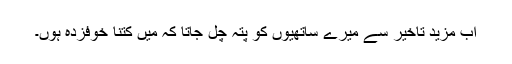
اب مزید تاخیر سے میرے ساتھیوں کو پتہ چل جاتا کہ میں کتنا خوفزدہ ہوں۔